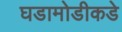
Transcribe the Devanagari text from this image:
घडामोडीकडे